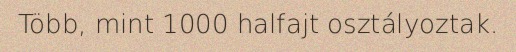
Több, mint 1000 halfajt osztályoztak.